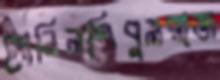
সোনিলশিবুলরাজ